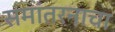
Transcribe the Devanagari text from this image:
समांतरनाचा